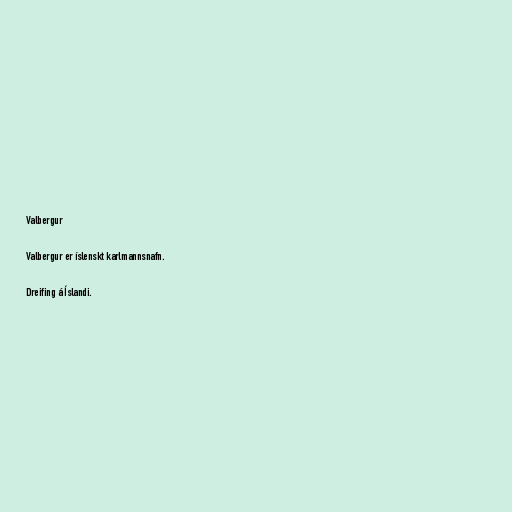
Valbergur

Valbergur er íslenskt karlmannsnafn.

Dreifing á Íslandi.